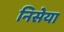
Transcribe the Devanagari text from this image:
निसेया